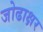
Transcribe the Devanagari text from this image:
जोढाक्षर